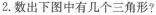
2.数出下图中有几个三角形?